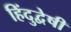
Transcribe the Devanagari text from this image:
हिंदुद्वेषी